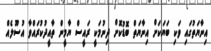
އިނާޔަތުގައި ވަކި ބަޔަކަށް އިނާޔަތް ބޮޑުކޮށް ދިނުމަކީ ރައީސް ޔާމީން ތާއީދުކުރައްވާ އުސޫލެއް